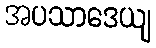
အပသာဒေယျ